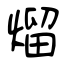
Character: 熘